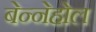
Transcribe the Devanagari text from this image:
बेन्नेहोल